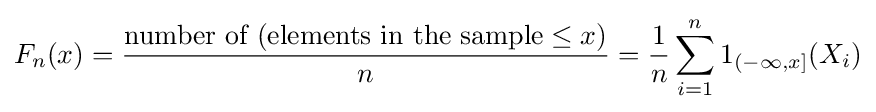
F_{n}(x)={\frac {{\text{number of (elements in the sample}}\leq x)}{n}}={\frac {1}{n}}\sum _{i=1}^{n}1_{(-\infty ,x]}(X_{i})